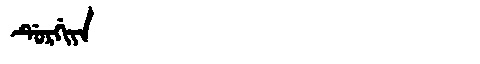
Manchu: ᡩᡠᡵᡤᡳᠶᠠ
Romanization: DURGIYA